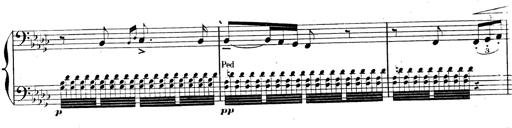
Title: AnnÃ©es de pÃ¨lerinage II, SupplÃ©ment
Composer: Franz Liszt